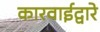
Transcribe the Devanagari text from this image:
कारवाईद्वारे